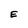
Character: E